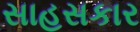
સાહસકાર